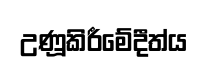
උණූකිරීමේදීත්ය